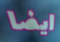
ايضا